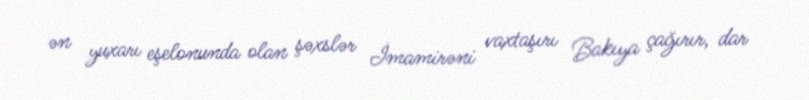
ən yuxarı eşelonunda olan şəxslər İmamirəni vaxtaşırı Bakıya çağırır, dar